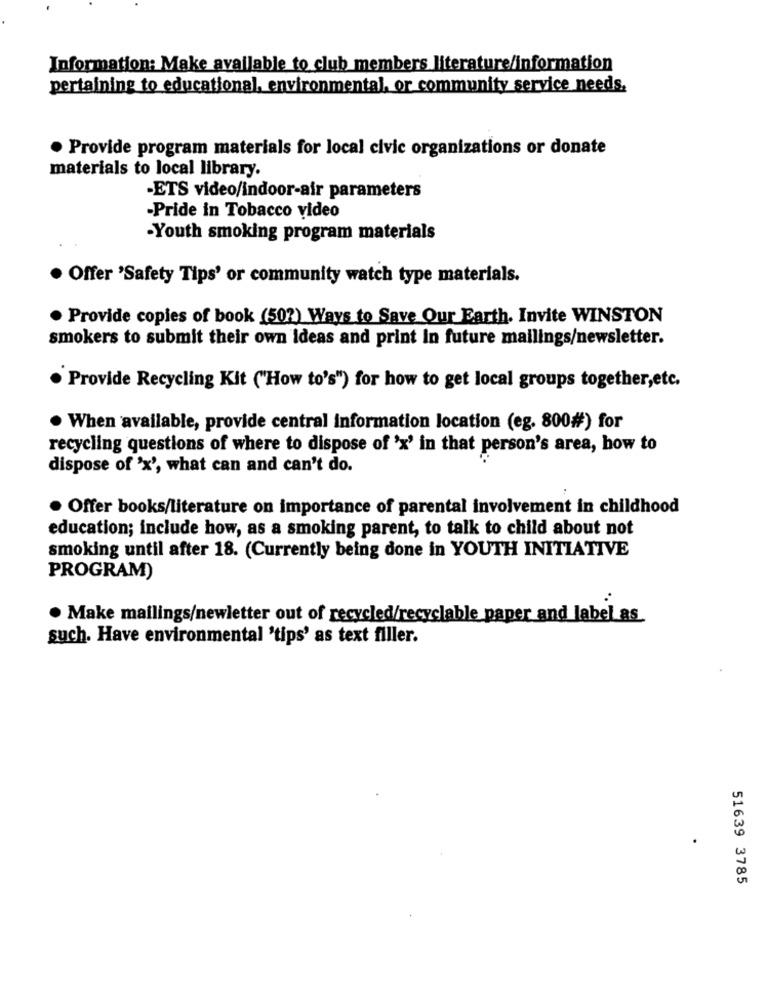
Information: Make available to club members literature/information
pertaining to educational, environmental, or community service needs.
· Provide program materials for local civic organizations or donate
materials to local library.
-ETS video/indoor-air parameters
-Pride in Tobacco video
-Youth smoking program materials
Offer 'Safety Tips' or community watch type materials.
· Provide copies of book (50?) Ways to Save Our Earth. Invite WINSTON
smokers to submit their own Ideas and print In future mailings/newsletter.
Provide Recycling Kit ("How to's") for how to get local groups together,etc.
. When available, provide central information location (eg. 800#) for
recycling questions of where to dispose of 'x' in that person's area, how to
dispose of 'x', what can and can't do.
Offer books/literature on importance of parental involvement in childhood
education; include how, as a smoking parent, to talk to child about not
smoking until after 18. (Currently being done in YOUTH INITIATIVE
PROGRAM)
. Make mailings/newletter out of recycled/recyclable paper and label as
such. Have environmental 'tips' as text filler.
51639 3785